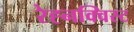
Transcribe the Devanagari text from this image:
रेह्नक्विस्ट